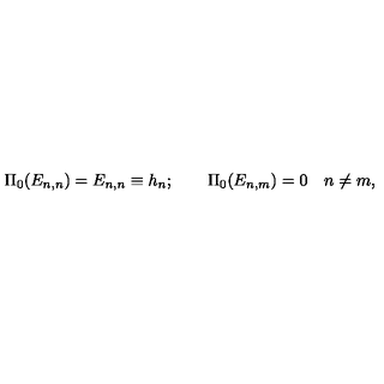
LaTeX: \Pi _ { 0 } ( E _ { n , n } ) = E _ { n , n } \equiv h _ { n } ; \qquad \Pi _ { 0 } ( E _ { n , m } ) = 0 \quad n \ne m , \nonumber